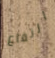
ارتفاع